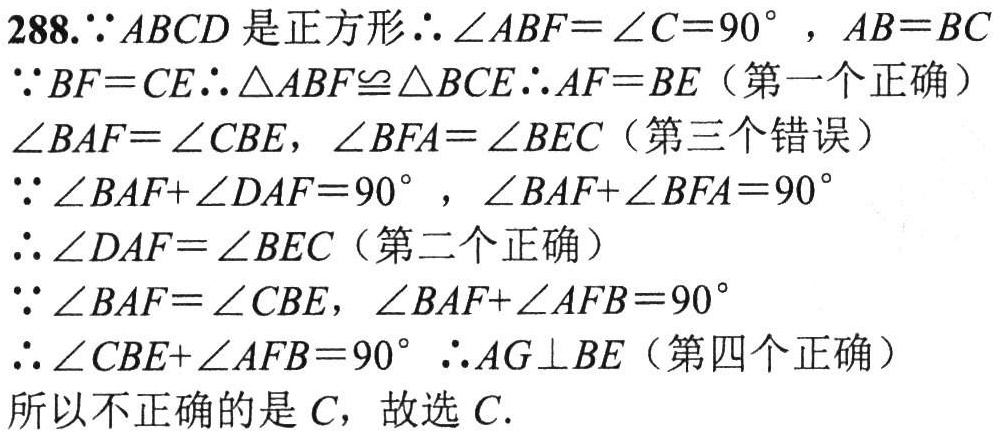
288.\(\because ABCD\)是正方形\(\therefore\angle ABF = \angle C = 90^{\circ}\)，\(AB = BC\)
\(\because BF = CE\therefore\triangle ABF\cong\triangle BCE\therefore AF = BE\)（第一个正确）
\(\angle BAF=\angle CBE\)，\(\angle BFA=\angle BEC\)（第三个错误）
\(\because\angle BAF+\angle DAF = 90^{\circ}\)，\(\angle BAF+\angle BFA = 90^{\circ}\)
\(\therefore\angle DAF=\angle BEC\)（第二个正确）
\(\because\angle BAF=\angle CBE\)，\(\angle BAF+\angle AFB = 90^{\circ}\)
\(\therefore\angle CBE+\angle AFB = 90^{\circ}\ \therefore AG\perp BE\)（第四个正确）
所以不正确的是\(C\)，故选\(C\).